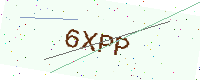
Text: 6XPP